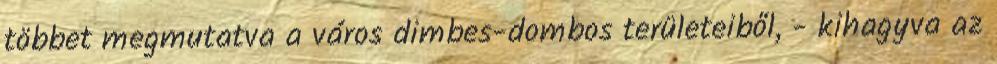
többet megmutatva a város dimbes-dombos területeiből, - kihagyva az